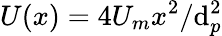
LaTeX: U(x)=4U_{m}x^{2}/\mathrm{d}_{p}^{2}